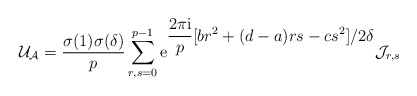
\begin{align*}{\cal U}_{\cal A}=\frac{\sigma(1)\sigma(\delta)}{p}\sum_{r,s=0}^{p-1} {\rm e}^{\displaystyle\frac{2\pi{\rm i}}{p}[br^2+(d-a)rs-cs^2]/2\delta}{\cal J}_{r,s}\end{align*}